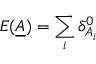
E ( \underline { { A } } ) = \sum _ { i } \delta _ { A _ { i } } ^ { 0 }